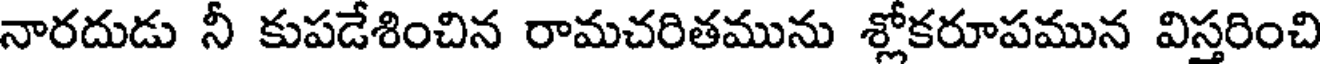
నారదుడు నీ కుపడేశించిన రామచరితమును శ్లోకరూపమున విస్తరించి